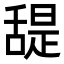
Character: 𦧧